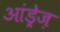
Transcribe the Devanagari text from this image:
आंड्रेज़